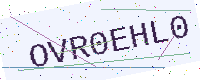
Text: OVR0EHL0